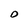
Character: O